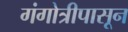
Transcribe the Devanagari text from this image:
गंगोत्रीपासून